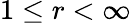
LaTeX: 1\leq r<\infty